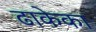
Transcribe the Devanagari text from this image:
ढाकेका